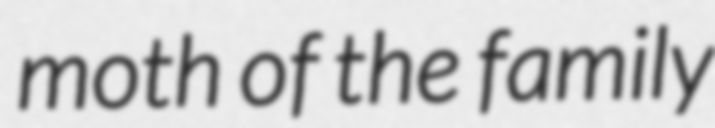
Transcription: moth of the family